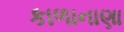
કાળાનાણા